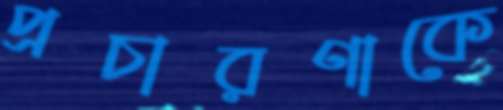
প্রচারণাকে